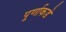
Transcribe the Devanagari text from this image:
पूर्णाकडे